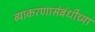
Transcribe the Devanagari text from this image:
व्याकरणासंबंधीच्या